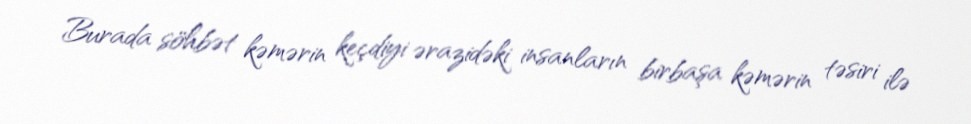
Burada söhbət kəmərin keçdiyi ərazidəki insanların birbaşa kəmərin təsiri ilə